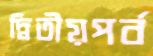
দ্বিতীয়পর্ব